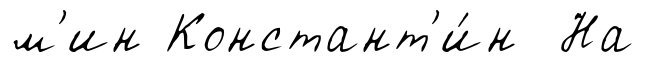
м'ин Констант'и́н На